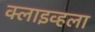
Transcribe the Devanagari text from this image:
क्लाइव्हला